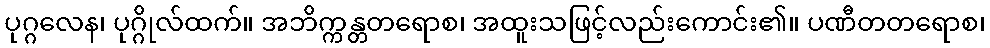
ပုဂ္ဂလေန၊ ပုဂ္ဂိုလ်ထက်။ အဘိက္ကန္တတရောစ၊ အထူးသဖြင့်လည်းကောင်း၏။ ပဏီတတရောစ၊